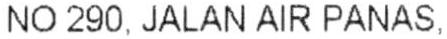
NO 290, JALAN AIR PANAS,